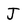
Character: J